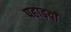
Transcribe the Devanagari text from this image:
पहाड़याँ